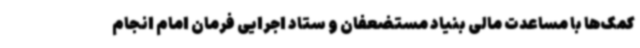
کمک‌ها با مساعدت مالی بنیاد مستضعفان و ستاد اجرایی فرمان امام انجام